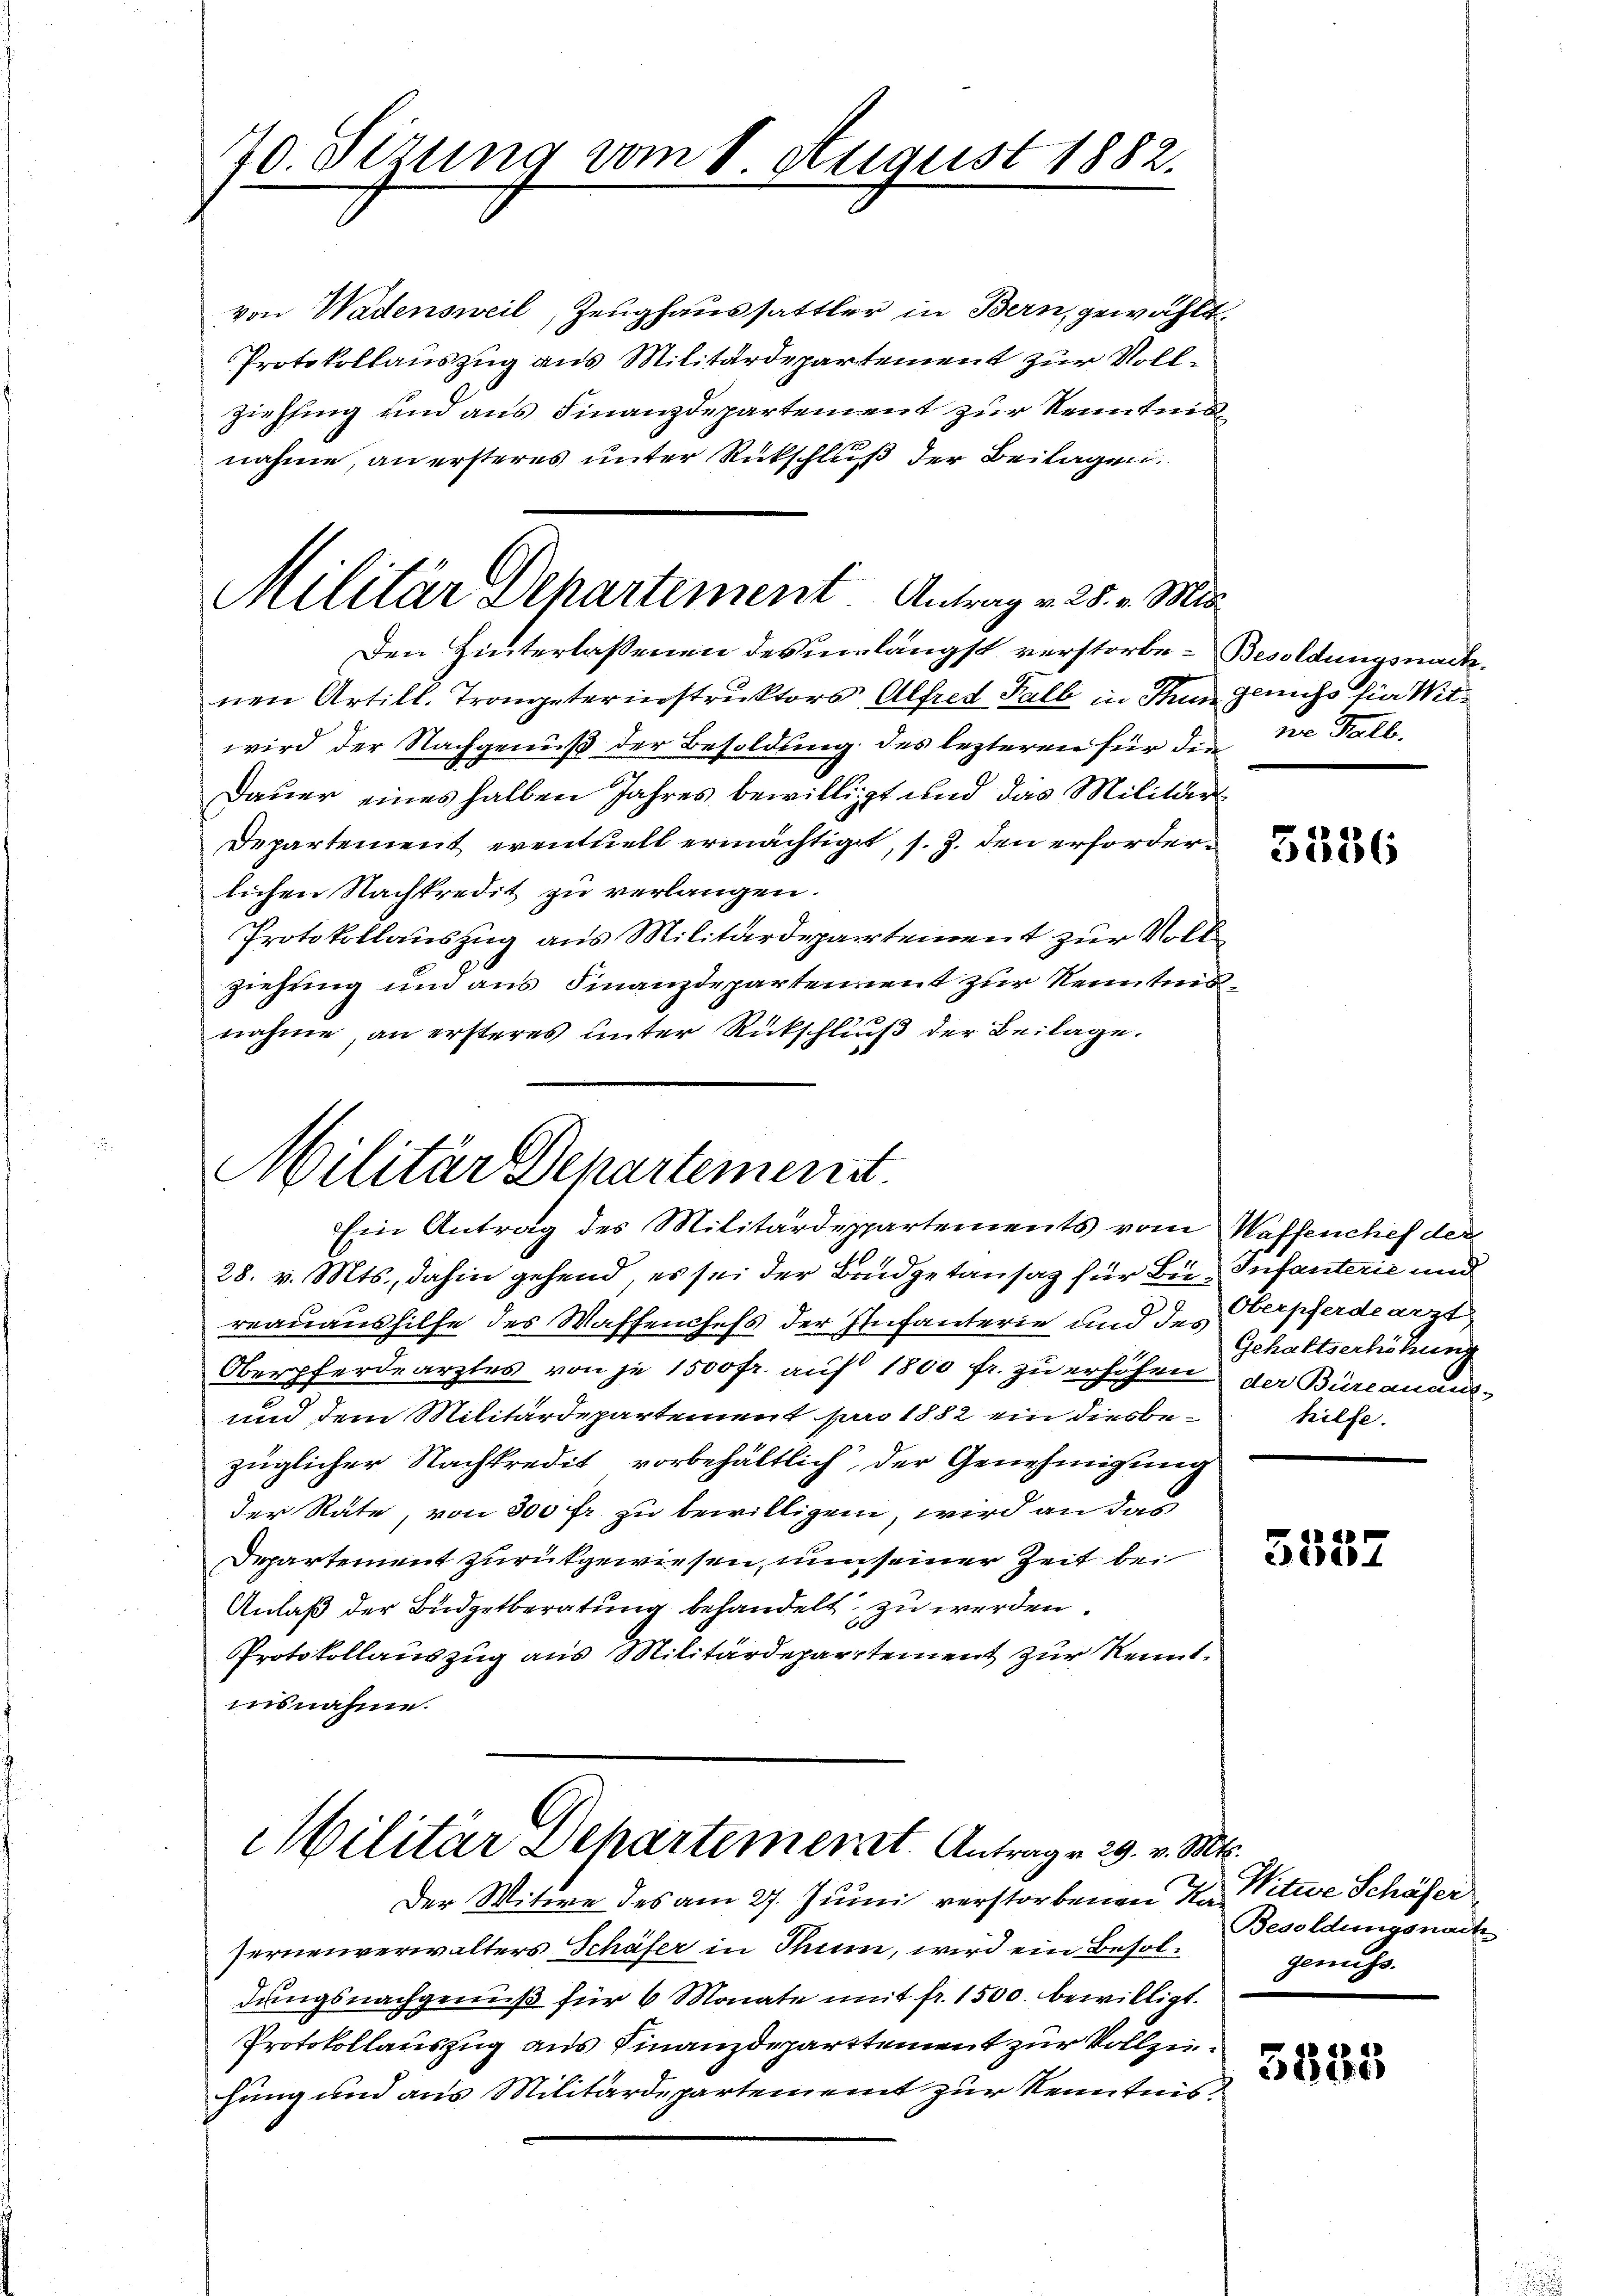
70. Sizung vom 8 August 1882.

Militär Departement. Antrag v. 25. v. Mit

Militär Departement.
Ein Antrag des Militärdepartements vom Waffenchef der

28. v. Mts., dahin gehend, es sei der Budgetansaz für Bei Infanterie und
reauaushilfe des Waffenchefs der Infanterie und des Oberpferdearzt
Oberpferdearzlos von je 1500 fr. auf 1800 fr. zu erhöhen. Der Burcanaus¬
und dem Militärdepartement pro 1882 ein diesbezüglicher Nachkredit vorbehältlich der Genehmigung
der Räte, von 300 fr. zu bewilligen, wird an das
Departement zurückgewiesen, nun seiner Zeit bei
Anlaß der Budgetberatung behandelt zu werden.
Protokollauszug aus Militärdepartement zur Kennt.
insnahme.
Militär Departement. Antrage 29. v. Mt
Der Witwe des am 27. Junii verstorbenen Ka Vitwe Schäfer
fernenverwalters Schäfer in Thun, wird ein Besoldungsnachgenuß für 6 Monate mit fr. 1500. bewilligt.
Protokollauszug aus Finanzdeparttement zur Vollziehung und aus Militärdepartement zur Kenntnis

von Wadensweil, Zeughaussattler in Bern, gewählt.
Protokollauszug aus Militärdepartement zur Voll¬
Ziehfing und aus Finanzdepartement zur Kenntnis
nahme, an ersteres unter Rückschluß der Beilagen.
Den Hinterlassenen des unlängst verstorbe-Besoldungsnachnen Artill. Trompeterinstruktors, Alfred Halb in Thun gleichs für Witwird der Nachgenuß der Besoldung des lezteren für die Stelle
Dauer eines halben Jahres bewilligt und das Militär
Departement eventuell ermächtigt, s. Z. den erforderlichen Nachkredit zu verlangen.
Protokollauszug aus Militärdepartement zur Vollziehung und aus Finanzdepartement zur Kenntnisnahme, an ersteres unter Rückschluß der Beilage.

3336

Gehaltserhöhung
hilfe.

5552

Besoldungsnach
genuss.

5535